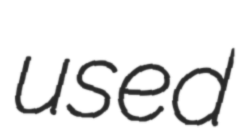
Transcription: used